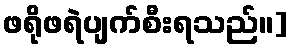
ဖရိုဖရဲပျက်စီးရသည်။]